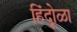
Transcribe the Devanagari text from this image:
हिंदूोळा